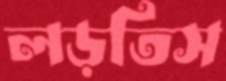
লড়তিস